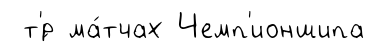
т'́р ма́тчах Чемп'ионшипа